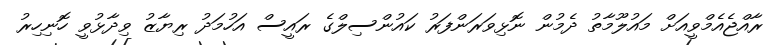
ރާއްޖެއެމްވީއަށް މައުލޫމާތު ދެމުން ނޮޅިވަރަންފަރު ކައުންސިލްގެ ރައީސް އަހުމަދު ރިޔާޒު ވިދާޅުވީ ހޮނިހިރު